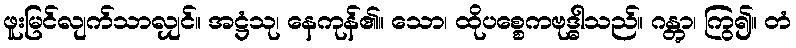
ဖူးမြင်လျက်သာလျှင်။ အဋ္ဌံသု၊ နေကုန်၏။ သော၊ ထိုပစ္စေကဗုဒ္ဓါသည်။ ဂန္တွာ၊ ကြွ၍။ တံ